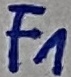
Text: F1